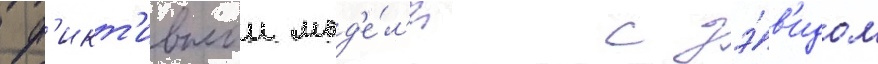
ф'икт'ивнои мод'е́л'и с дэ́в'идом